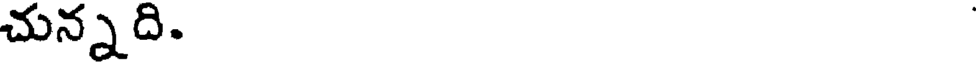
చున్నది.